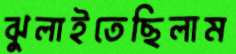
ঝুলাইতেছিলাম